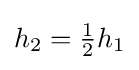
h_{2}={\tfrac {1}{2}}h_{1}